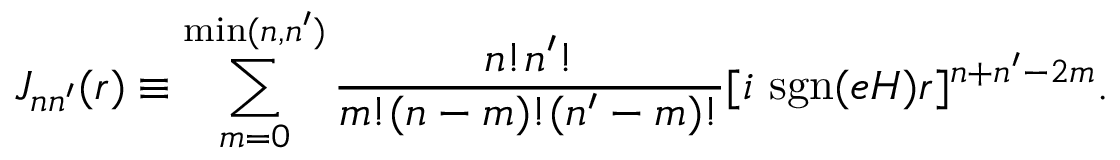
J _ { n n ^ { \prime } } ( r ) \equiv \sum _ { m = 0 } ^ { \mathrm { m i n } ( n , n ^ { \prime } ) } \frac { n ! n ^ { \prime } ! } { m ! ( n - m ) ! ( n ^ { \prime } - m ) ! } [ i ~ \mathrm { s g n } ( e H ) r ] ^ { n + n ^ { \prime } - 2 m } .